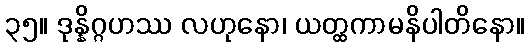
၃၅။ ဒုန္နိဂ္ဂဟဿ လဟုနော၊ ယတ္ထကာမနိပါတိနော။